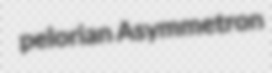
pelorian Asymmetron